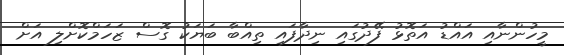
މީހުންނާއި އައްޑު އަތޮޅު ފޭދުގައި ނިދާފައި ތިއްބާ ބަޔަކު ގޮސް ޒަހަމްކޮށްލި އަަށް